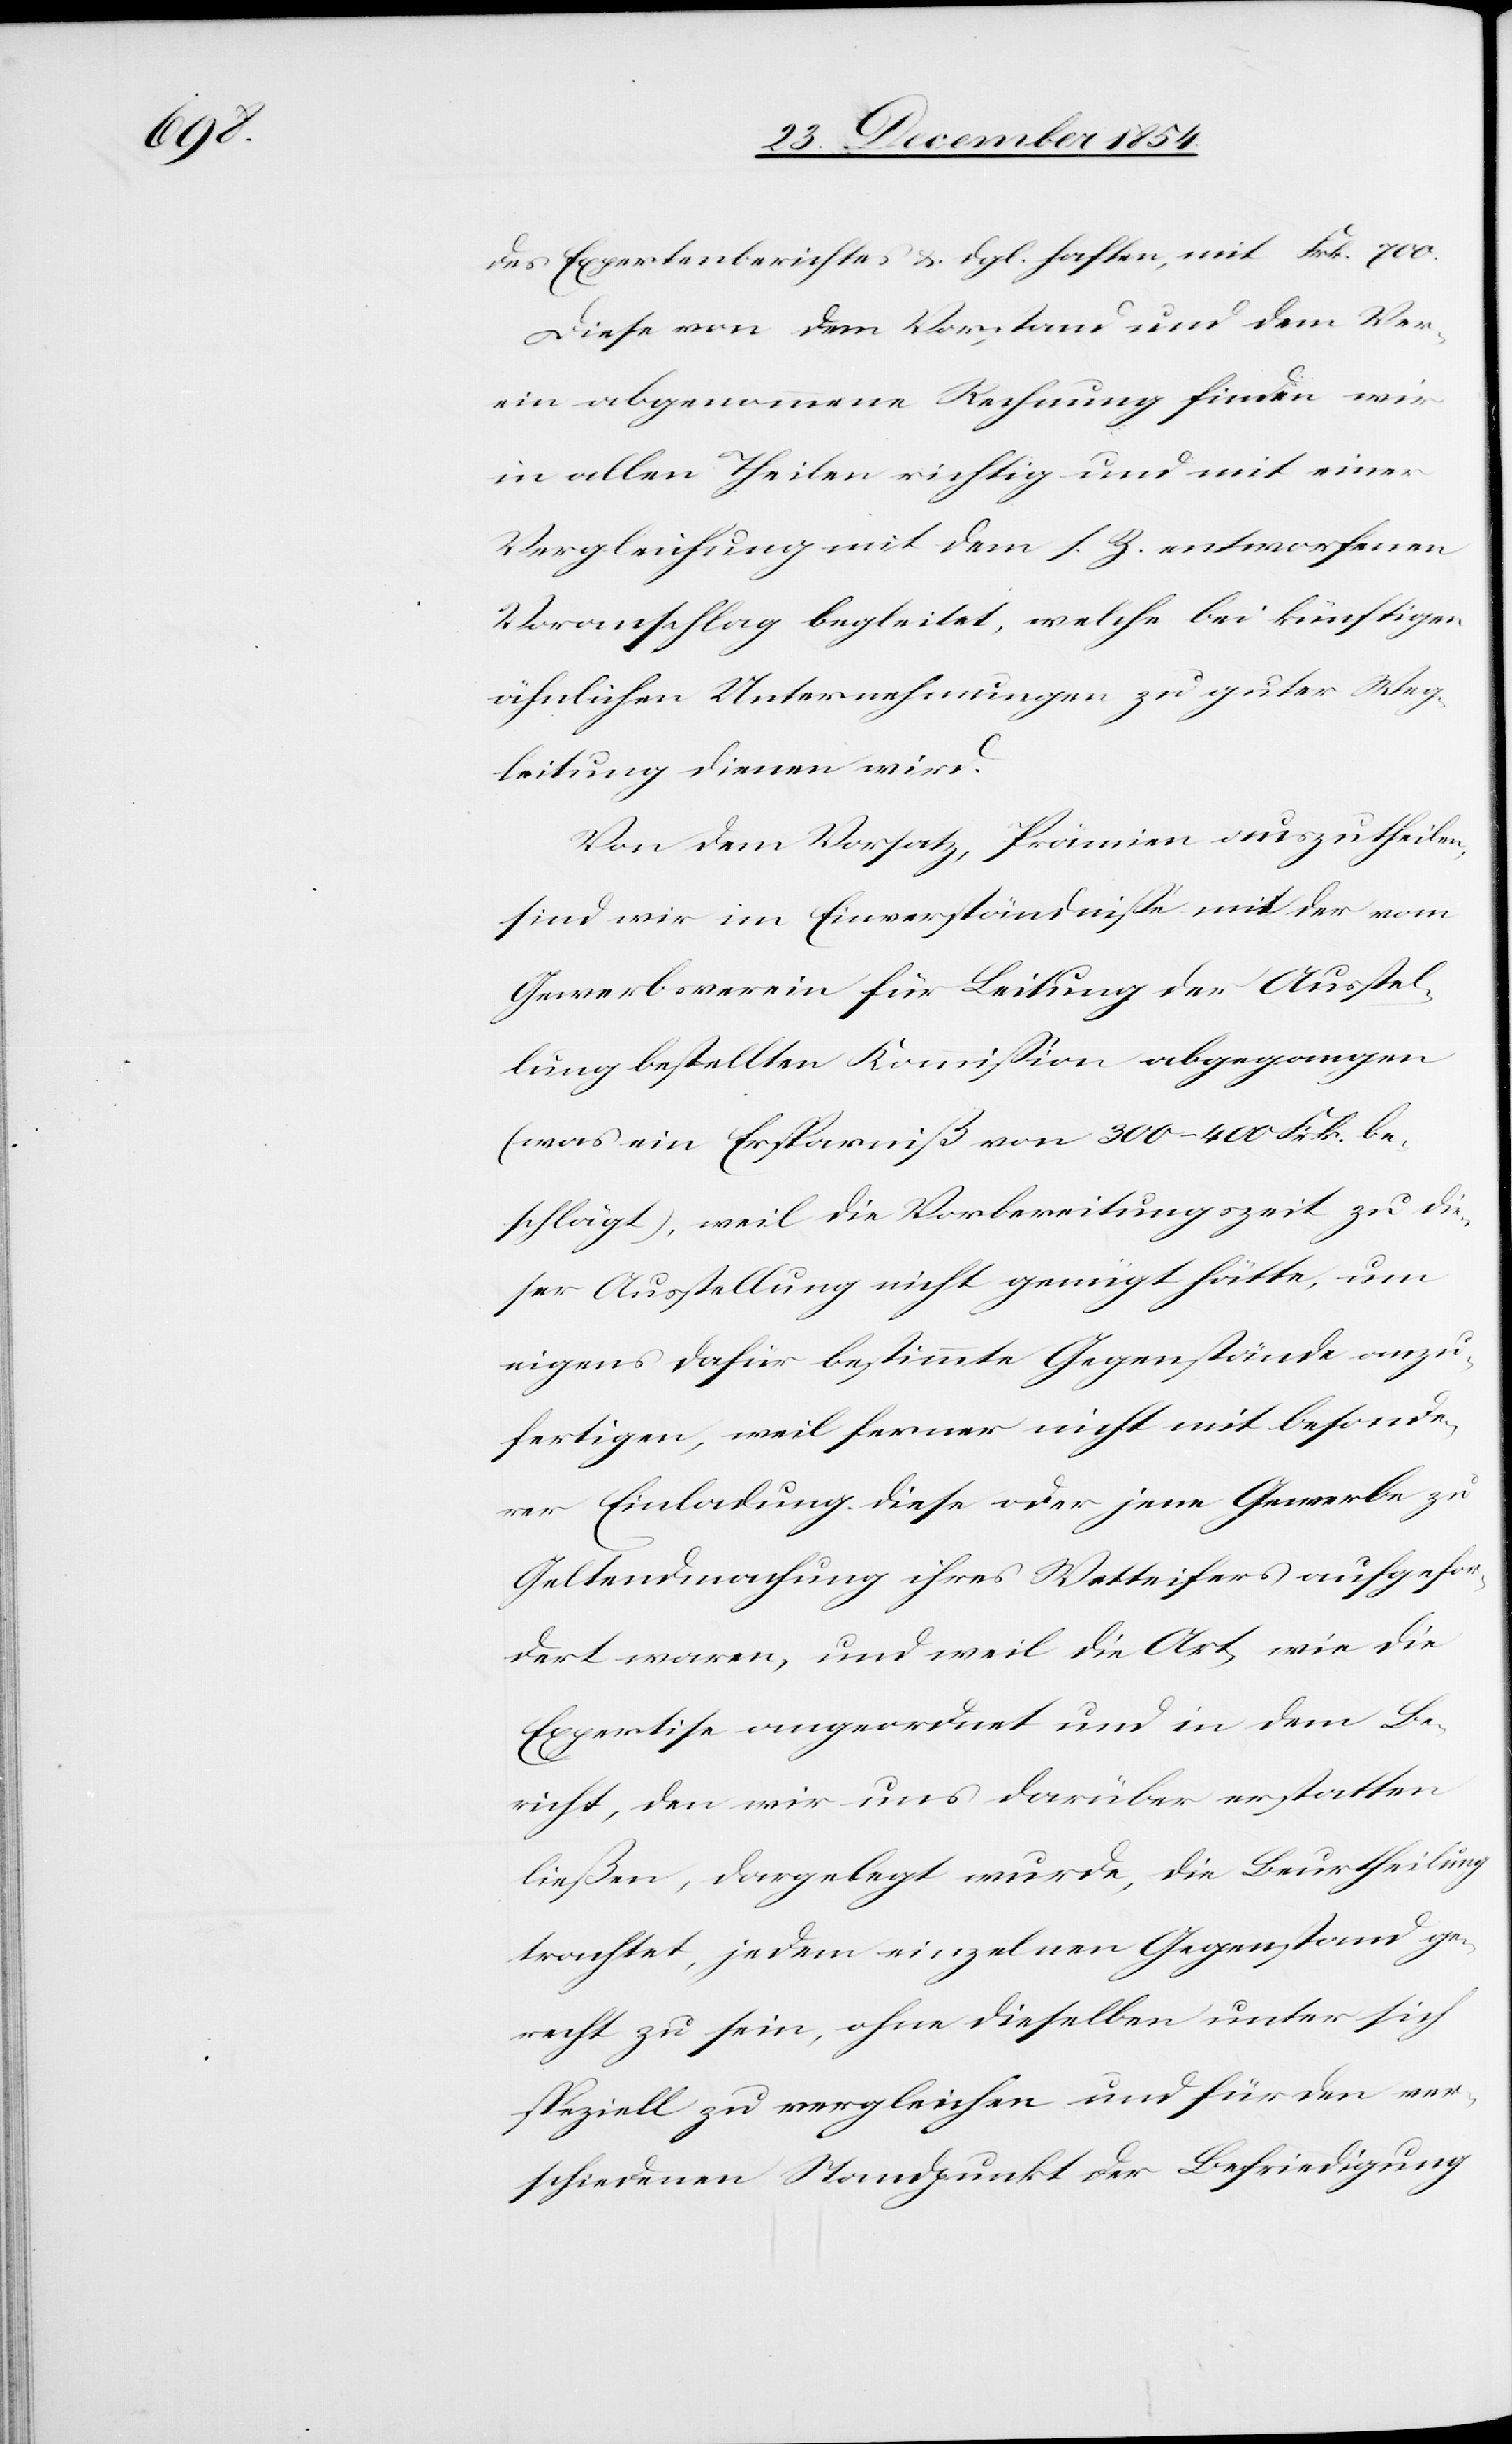
700.

des Expertenberichtes u. dgl. haften, mit
Diese von dem Vorstand und dem Ver¬
ein angenommene Rechnung finden wir
in allen Theilen richtig und mit einer
Vergleichung mit dem s. Z. entworfenen
Voranschlag begleitet, welche bei künftigen
ähnlichen Unternehmungen zu guter Weg¬
leitung dienen wird.
Von dem Vorsatz, Prämien auszutheilen,
sind wir im Einverständniß mit der vom
Gewerbsverein für Leitung der Ausstel¬
lung bestellten Kommißion abgegangen
(was ein Ersparniß von 300–400 Frk. be¬
schlägt), weil die Vorbereitungszeit zu die¬
ser Ausstellung nicht genügt hätte, um
eigens dafür bestimmte Gegenstände anzu¬
fertigen, weil ferner nicht mit besonde¬
rer Einladung diese oder jene Gewerbe zu
Geltendmachung ihres Wetteifers aufgefor¬
dert waren, und weil die Art, wie die
Expertise angeordnet und in dem Be¬
richt, den wir uns darüber erstatten
ließen, dargelegt wurde, die Beurtheilung
trachtet, jedem einzelnen Gegenstand ge¬
recht zu sein, ohne dieselben unter sich
speziell zu vergleichen und für den ver¬
schiedenen Standpunkt der Befriedigung